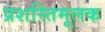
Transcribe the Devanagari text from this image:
प्रशस्तिमूलक